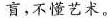
盲，不懂艺术